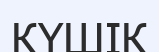
КҮШІК